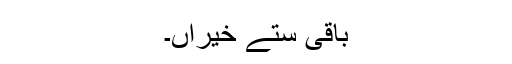
باقی ستے خیراں۔